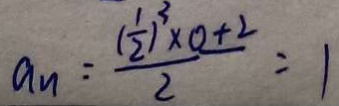
a _ { n } = \frac { ( \frac { 1 } { 2 } ) ^ { 3 } \times 0 + 2 } { 2 } = 1